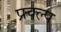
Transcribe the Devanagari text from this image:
प्रक्ल्प